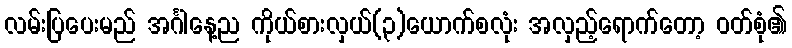
လမ်းပြပေးမည် အင်္ဂါနေ့ည ကိုယ်စားလှယ်(၃)ယောက်စလုံး အလှည့်ရောက်တော့ ဝတ်စုံ၏